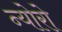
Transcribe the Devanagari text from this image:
न्योरो